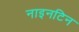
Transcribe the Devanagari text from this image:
नाइनटिन